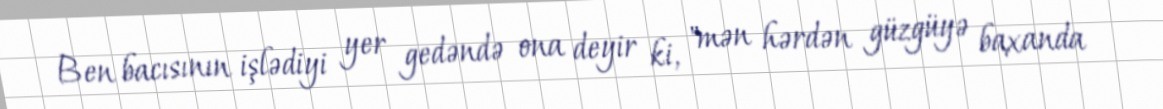
Ben bacısının işlədiyi yer gedəndə ona deyir ki, "mən hərdən güzgüyə baxanda